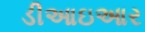
ડીઆઇઆર